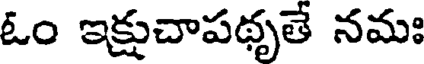
ఓం ఇక్షుచాపథృతే నమః